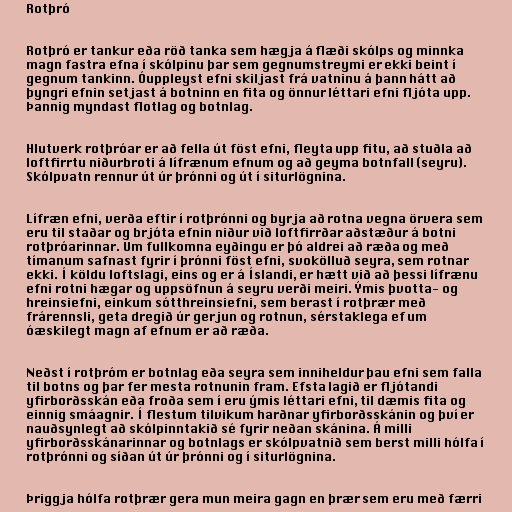
Rotþró

Rotþró er tankur eða röð tanka sem hægja á flæði skólps og minnka
magn fastra efna í skólpinu þar sem gegnumstreymi er ekki beint í
gegnum tankinn. Óuppleyst efni skiljast frá vatninu á þann hátt að
þyngri efnin setjast á botninn en fita og önnur léttari efni fljóta upp.
Þannig myndast flotlag og botnlag.

Hlutverk rotþróar er að fella út föst efni, fleyta upp fitu, að stuðla að
loftfirrtu niðurbroti á lífrænum efnum og að geyma botnfall (seyru).
Skólpvatn rennur út úr þrónni og út í siturlögnina.

Lífræn efni, verða eftir í rotþrónni og byrja að rotna vegna örvera sem
eru til staðar og brjóta efnin niður við loftfirrðar aðstæður á botni
rotþróarinnar. Um fullkomna eyðingu er þó aldrei að ræða og með
tímanum safnast fyrir í þrónni föst efni, svokölluð seyra, sem rotnar
ekki. Í köldu loftslagi, eins og er á Íslandi, er hætt við að þessi lífrænu
efni rotni hægar og uppsöfnun á seyru verði meiri. Ýmis þvotta- og
hreinsiefni, einkum sótthreinsiefni, sem berast í rotþrær með
frárennsli, geta dregið úr gerjun og rotnun, sérstaklega ef um
óæskilegt magn af efnum er að ræða.

Neðst í rotþróm er botnlag eða seyra sem inniheldur þau efni sem falla
til botns og þar fer mesta rotnunin fram. Efsta lagið er fljótandi
yfirborðsskán eða froða sem í eru ýmis léttari efni, til dæmis fita og
einnig smáagnir. Í flestum tilvikum harðnar yfirborðsskánin og því er
nauðsynlegt að skólpinntakið sé fyrir neðan skánina. Á milli
yfirborðsskánarinnar og botnlags er skólpvatnið sem berst milli hólfa í
rotþrónni og síðan út úr þrónni og í siturlögnina.

Þriggja hólfa rotþrær gera mun meira gagn en þrær sem eru með færri